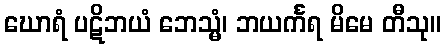
ဃောရံ ပဋိဘယံ ဘေသ္မံ၊ ဘယင်္ကရ မိမေ တီသု။